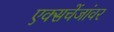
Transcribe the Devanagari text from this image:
एक्सचेंजांवर